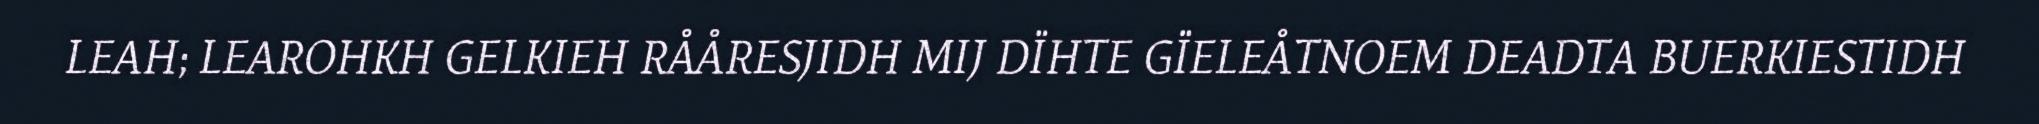
LEAH; LEAROHKH GELKIEH RÅÅRESJIDH MIJ DÏHTE GÏELEÅTNOEM DEADTA BUERKIESTIDH